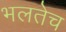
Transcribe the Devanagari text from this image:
भलतेच